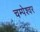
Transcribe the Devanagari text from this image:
चम्पेश्वर